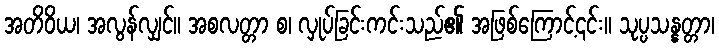
အတိဝိယ၊ အလွန်လျှင်။ အစလတ္တာ စ၊ လှုပ်ခြင်းကင်းသည်၏ အဖြစ်ကြောင့်၎င်း။ သုပ္ပသန္နတ္တာ၊